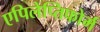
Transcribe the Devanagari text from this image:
एपिलेप्तिफोर्म